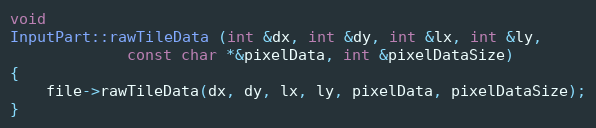
Language: C++
void
InputPart::rawTileData (int &dx, int &dy, int &lx, int &ly,
             const char *&pixelData, int &pixelDataSize)
{
    file->rawTileData(dx, dy, lx, ly, pixelData, pixelDataSize);
}